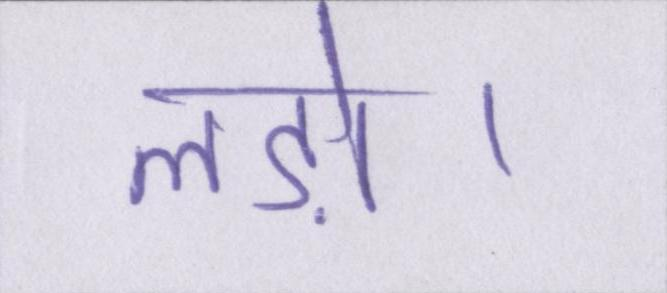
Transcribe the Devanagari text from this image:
लड़ो।